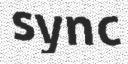
sync